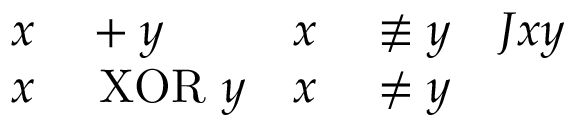
\begin{array} { r l r l r } { x } & { { } + y } & { x } & { { } \not \equiv y } & { J x y } \\ { x } & { { } \mathrm { ~ X O R ~ } y } & { x } & { { } \neq y } \end{array}